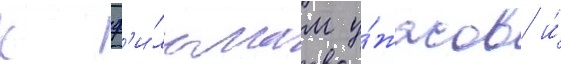
к ф'и́льмам у́жасов и́